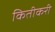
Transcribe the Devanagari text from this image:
कितीकरी